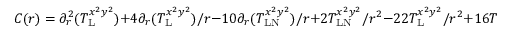
C ( r ) = \partial _ { r } ^ { 2 } ( T _ { \mathrm { L } } ^ { x ^ { 2 } y ^ { 2 } } ) + 4 \partial _ { r } ( T _ { \mathrm { L } } ^ { x ^ { 2 } y ^ { 2 } } ) / r - 1 0 \partial _ { r } ( T _ { \mathrm { L N } } ^ { x ^ { 2 } y ^ { 2 } } ) / r + 2 T _ { \mathrm { L N } } ^ { x ^ { 2 } y ^ { 2 } } / r ^ { 2 } - 2 2 T _ { \mathrm { L } } ^ { x ^ { 2 } y ^ { 2 } } / r ^ { 2 } + 1 6 T _ { \mathrm { N } } ^ { x ^ { 2 } y ^ { 2 } } / r ^ { 2 }